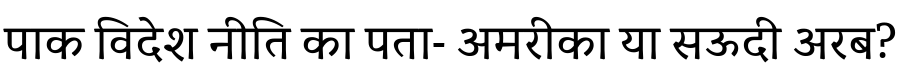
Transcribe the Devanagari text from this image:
पाक विदेश नीति का पता- अमरीका या सऊदी अरब?